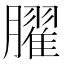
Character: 𦡱